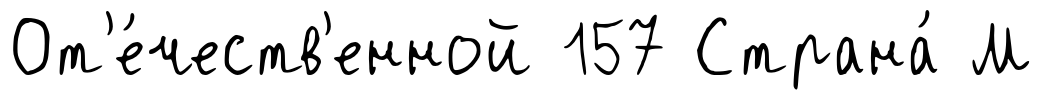
От'е́честв'енной 157 Страна́ М